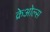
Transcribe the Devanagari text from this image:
क्रेओल्स